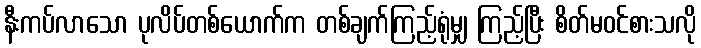
နီးကပ်လာသော ပုလိပ်တစ်ယောက်က တစ်ချက်ကြည့်ရုံမျှ ကြည့်ပြီး စိတ်မဝင်စားသလို